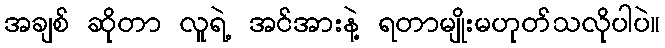
အချစ် ဆိုတာ လူရဲ့ အင်အားနဲ့ ရတာမျိုးမဟုတ်သလိုပါပဲ။